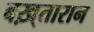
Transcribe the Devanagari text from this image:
बख़्तारान